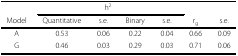
<table><thead><tr><td></td><td colspan="4"><b>h<sup>2</sup></b></td><td></td><td></td></tr><tr><td><b>Model</b></td><td><b>Quantitative</b></td><td><b>s.e.</b></td><td><b>Binary</b></td><td><b>s.e.</b></td><td><b>r<sub>g</sub></b></td><td><b>s.e.</b></td></tr></thead><tbody><tr><td>A</td><td>0.53</td><td>0.06</td><td>0.22</td><td>0.04</td><td>0.66</td><td>0.09</td></tr><tr><td>G</td><td>0.46</td><td>0.03</td><td>0.29</td><td>0.03</td><td>0.71</td><td>0.06</td></tr></tbody></table>